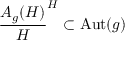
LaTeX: \frac { A _ { g } ( H ) } { H } \sp H \subset \mathrm { A u t } ( g )